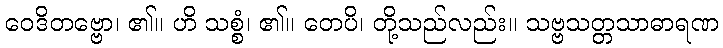
ဝေဒိတဗ္ဗော၊ ၏။ ဟိ သစ္စံ၊ ၏။ တေပိ၊ တို့သည်လည်း။ သဗ္ဗသတ္တသာဓာရဏ